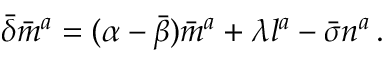
{ \bar { \delta } } { \bar { m } } ^ { a } = ( \alpha - { \bar { \beta } } ) { \bar { m } } ^ { a } + \lambda l ^ { a } - { \bar { \sigma } } n ^ { a } \, .